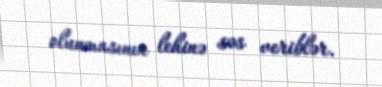
olunmasının lehinə səs veriblər.